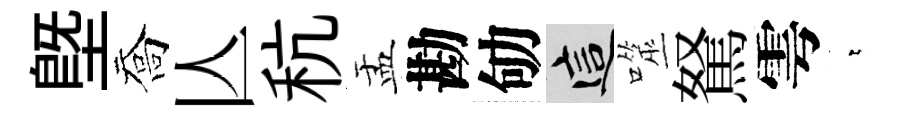
塈喬亾秔盂勘劬這噬駑雩萋